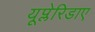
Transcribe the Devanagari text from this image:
यूप्लेरिडाए